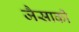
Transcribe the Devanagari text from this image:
जैसाकी